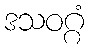
ဒသဝဂ္ဂံ